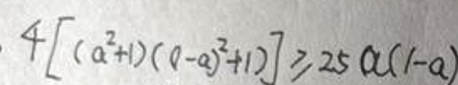
\[4\left[\left(a^{2}+1\right)\left((1 - a)^{2}+1\right)\right]\geqslant25a(1 - a)\]